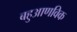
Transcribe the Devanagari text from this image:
बहुआणविक